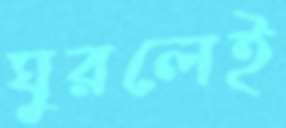
ঘুরলেই